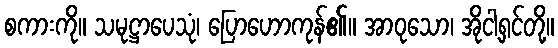
စကားကို။ သမုဋ္ဌာပေသုံ၊ ပြောဟောကုန်၏။ အာဝုသော၊ အိုငါ့ရှင်တို့။